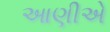
આણીએ